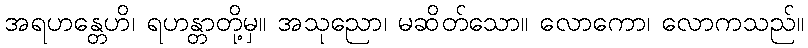
အရဟန္တေဟိ၊ ရဟန္တာတို့မှ။ အသုညော၊ မဆိတ်သော။ လောကော၊ လောကသည်။